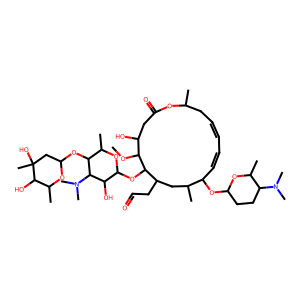
SMILES: COC1C(O)CC(=O)OC(C)CC=CC=CC(OC2CCC(N(C)C)C(C)O2)C(C)CC(CC=O)C1OC1OC(C)C(OC2CC(C)(O)C(O)C(C)O2)C(N(C)C)C1O
Inhibits HIV replication: No